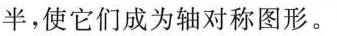
半，使它们成为轴对称图形。